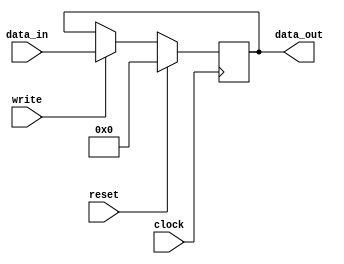
module register(
    input wire clock,
    input wire reset,
    input wire write,
    input wire [7:0] data_in,
    output reg [7:0] data_out);

    always @(posedge clock) begin
        if (reset == 1'b1) begin
            data_out <= 8'h0;
        end else if (write == 1'b1) begin
            data_out <= data_in;
        end
    end

endmodule